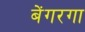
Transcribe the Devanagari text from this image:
बेंगरगा